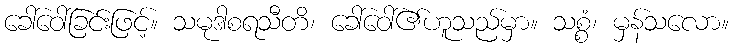
ခေါ်ဝေါ်ခြင်းဖြင့်။ သမုဒါစရသီတိ၊ ခေါ်ဝေါ်၏ဟူသည်မှာ။ သစ္စံ၊ မှန်သလော။